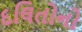
દલિતોનો